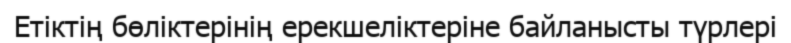
Етіктің бөліктерінің ерекшеліктеріне байланысты түрлері